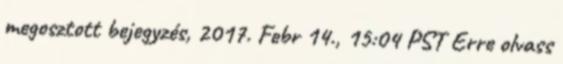
megosztott bejegyzés, 2017. Febr 14., 15:04 PST Erre olvass